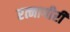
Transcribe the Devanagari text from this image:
रत्नागीरी